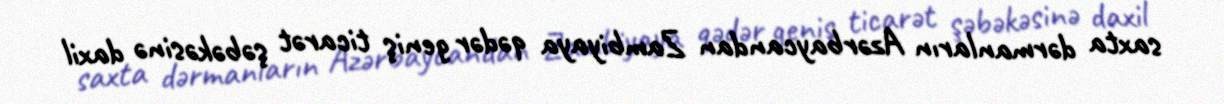
saxta dərmanların Azərbaycandan Zambiyaya qədər geniş ticarət şəbəkəsinə daxil